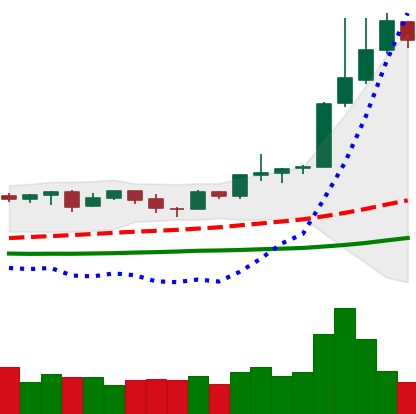
Ticker: NEO-USD
Chart end date: 2019-04-06
Forward return: -14.066%
Label: down_7plus